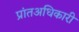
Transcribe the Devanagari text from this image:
प्रांतअधिकारी